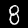
Label: 8